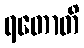
ရတောတိ